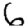
Digit: 6